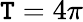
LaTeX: \mathtt{T}=4\pi